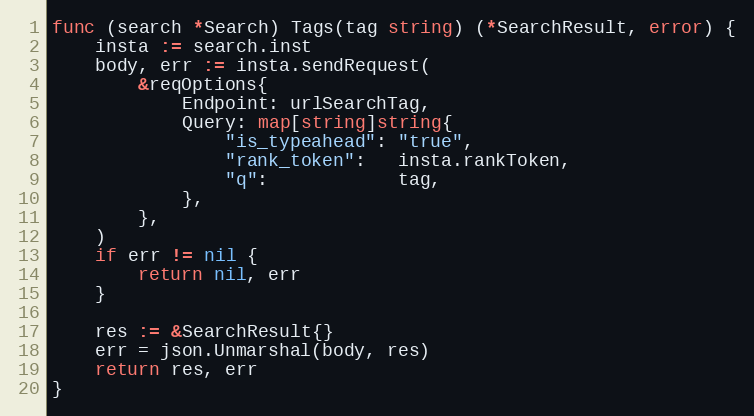
Language: Go
func (search *Search) Tags(tag string) (*SearchResult, error) {
	insta := search.inst
	body, err := insta.sendRequest(
		&reqOptions{
			Endpoint: urlSearchTag,
			Query: map[string]string{
				"is_typeahead": "true",
				"rank_token":   insta.rankToken,
				"q":            tag,
			},
		},
	)
	if err != nil {
		return nil, err
	}

	res := &SearchResult{}
	err = json.Unmarshal(body, res)
	return res, err
}